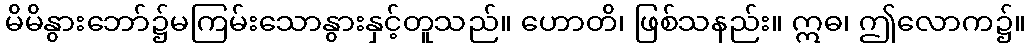
မိမိနွားဘော်၌မကြမ်းသောနွားနှင့်တူသည်။ ဟောတိ၊ ဖြစ်သနည်း။ ဣဓ၊ ဤလောက၌။